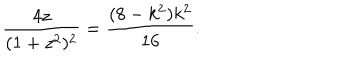
\frac { 4 z } { ( 1 + z ^ { 2 } ) ^ { 2 } } = \frac { ( 8 - k ^ { 2 } ) k ^ { 2 } } { 1 6 } .